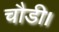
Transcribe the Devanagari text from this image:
चौडी।